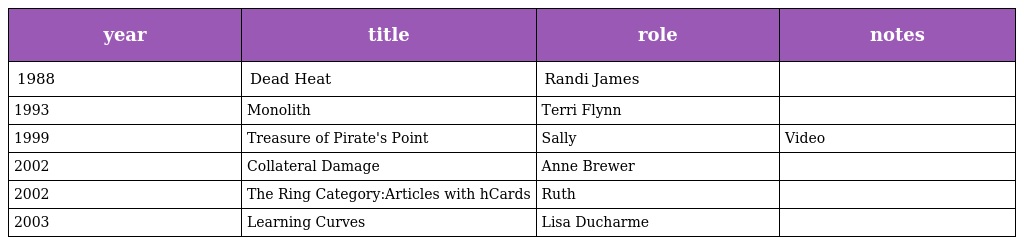
| year | title | role | notes |
 | --- | --- | --- | --- |
 | 1988 | Dead Heat | Randi James |  |
 | 1993 | Monolith | Terri Flynn |  |
 | 1999 | Treasure of Pirate's Point | Sally | Video |
 | 2002 | Collateral Damage | Anne Brewer |  |
 | 2002 | The Ring Category:Articles with hCards | Ruth |  |
 | 2003 | Learning Curves | Lisa Ducharme |  |